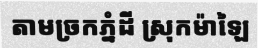
តាមច្រកភ្នំដី ស្រុកម៉ាឡៃ